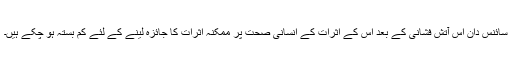
سائنس دان اس آتش فشانی کے بعد اس کے اثرات کے انسانی صحت پر ممکنہ اثرات کا جائزہ لینے کے لئے کم بستہ ہو چکے ہیں۔